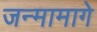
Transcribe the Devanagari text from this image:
जन्मामागे